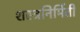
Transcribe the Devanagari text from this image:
शस्त्रनिर्मिती